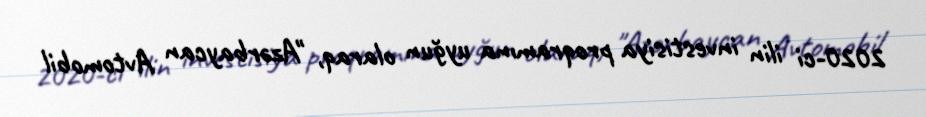
2020-ci ilin investisiya proqramına uyğun olaraq, "Azərbaycan Avtomobil